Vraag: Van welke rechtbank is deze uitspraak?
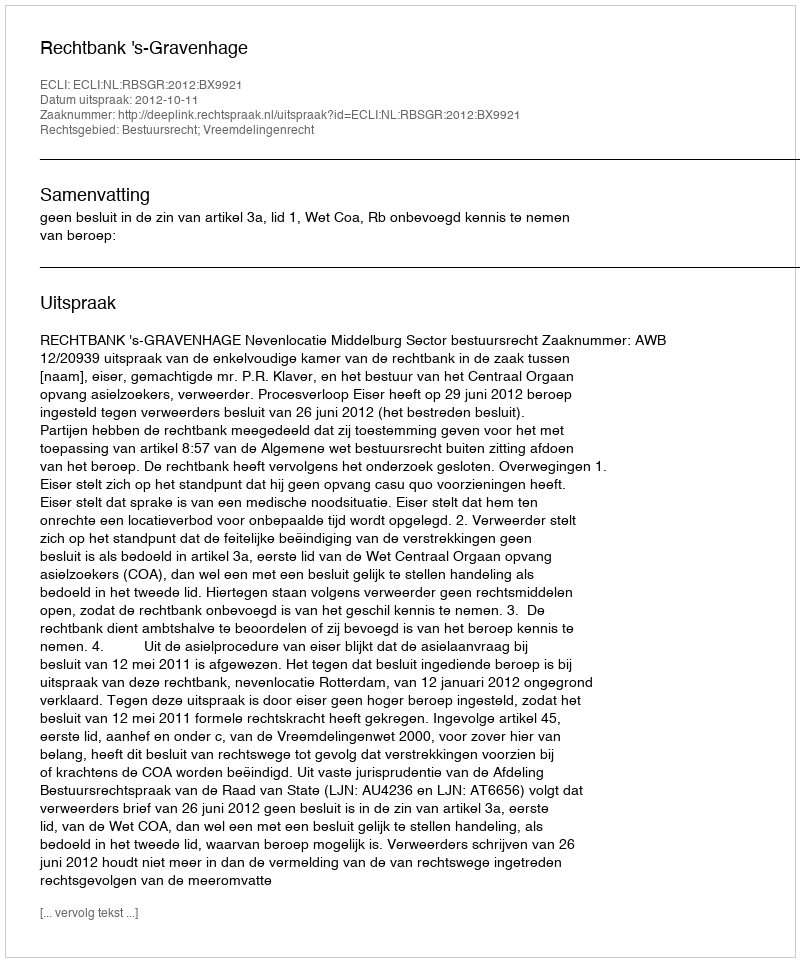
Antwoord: Rechtbank 's-Gravenhage